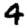
Digit: 4